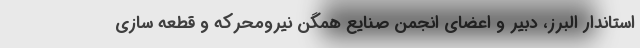
استاندار البرز، دبیر و اعضای انجمن صنایع همگن نیرومحرکه و قطعه سازی